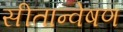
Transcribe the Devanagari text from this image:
सीतान्वेषण